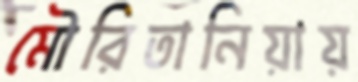
মৌরিতানিয়ায়